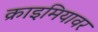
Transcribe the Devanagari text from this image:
क्राइमियावर